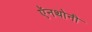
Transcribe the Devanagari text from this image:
ऍनथोनी